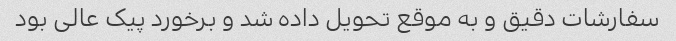
سفارشات دقیق و به موقع تحویل داده شد و برخورد پیک عالی بود